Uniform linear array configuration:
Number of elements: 64
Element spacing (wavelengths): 1
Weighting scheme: hann
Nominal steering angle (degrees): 0
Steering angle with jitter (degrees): -1.341
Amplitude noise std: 0.05
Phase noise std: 0.05

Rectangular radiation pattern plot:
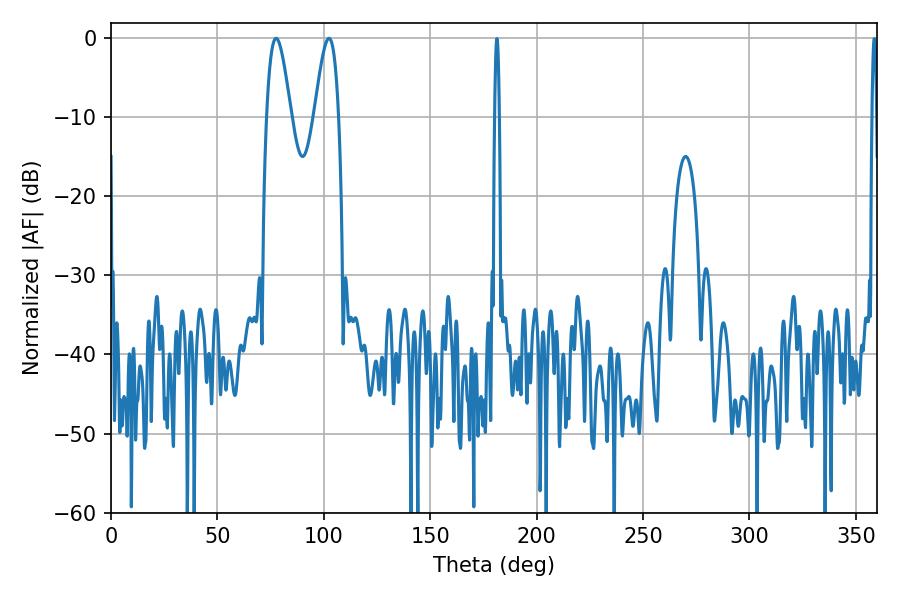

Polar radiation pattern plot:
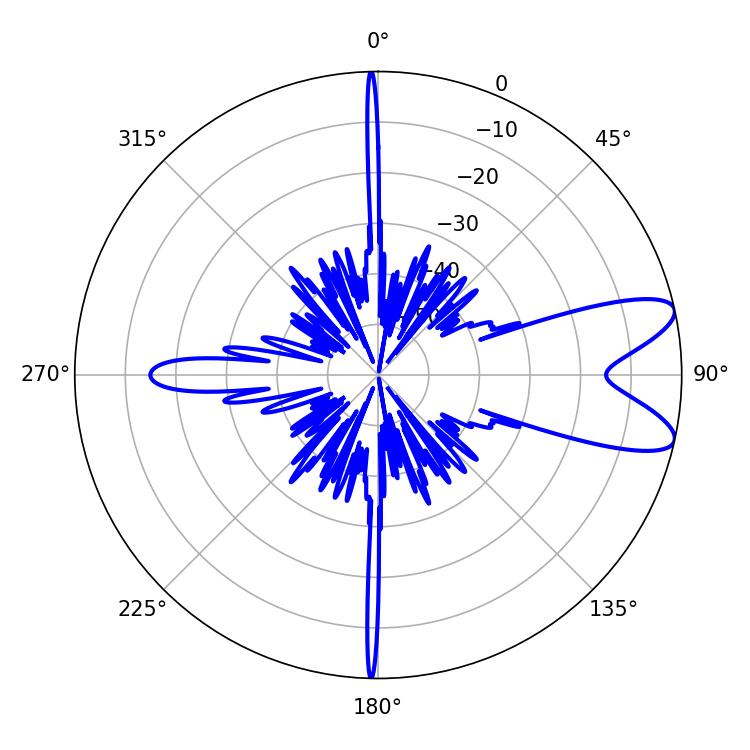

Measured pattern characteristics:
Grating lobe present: TRUE
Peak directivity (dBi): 9.381
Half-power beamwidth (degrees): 6.12
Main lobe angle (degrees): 77.58